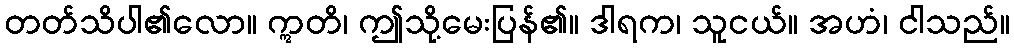
တတ်သိပါ၏လော။ ဣတိ၊ ဤသို့မေးပြန်၏။ ဒါရက၊ သူငယ်။ အဟံ၊ ငါသည်။